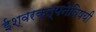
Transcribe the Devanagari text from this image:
ईश्वरकल्पनेविषयी